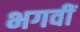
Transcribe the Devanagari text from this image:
भगवीं